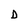
Character: D